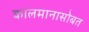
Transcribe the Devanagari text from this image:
कालमानासोबत